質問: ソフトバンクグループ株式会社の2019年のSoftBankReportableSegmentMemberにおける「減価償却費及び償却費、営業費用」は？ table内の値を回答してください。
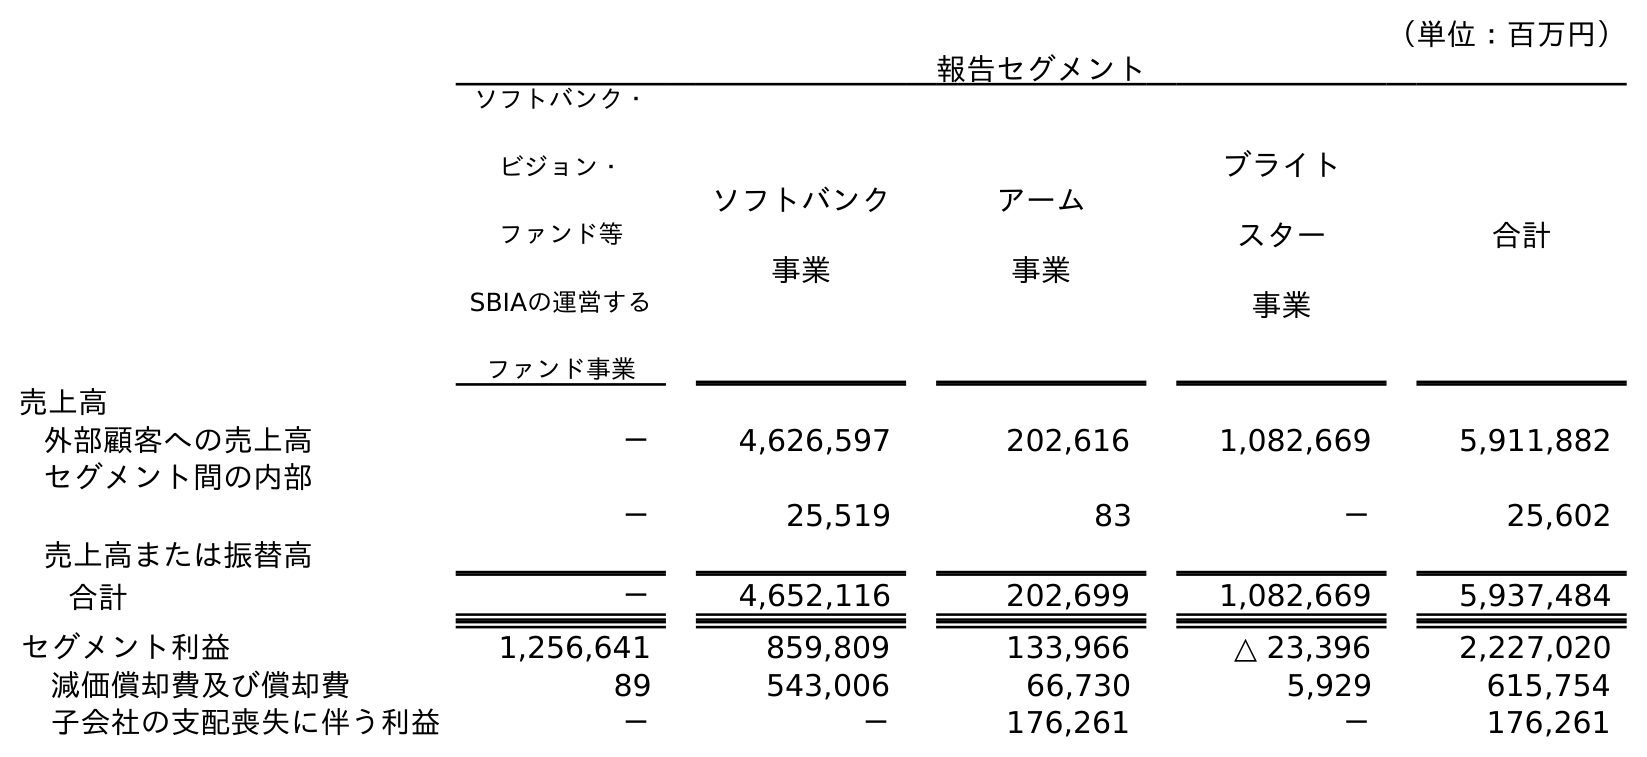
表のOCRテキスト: （単位：百万円） 報告セグメント ソフトバンク・ ビジョン・ ファンド等 SBIAの運営する ファンド事業 ソフトバンク 事業 アーム 事業 ブライト スター 事業 合計 売上高 外部顧客への売上高 － 4,626,597 202,616 1,082,669 5,911,882 セグメント間の内部 売上高または振替高 － 25,519 83 － 25,602 合計 － 4,652,116 202,699 1,082,669 5,937,484 セグメント利益 1,256,641 859,809 133,966 △ 23,396 2,227,020 減価償却費及び償却費 89 543,006 66,730 5,929 615,754 子会社の支配喪失に伴う利益 － － 176,261 － 176,261
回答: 543,006